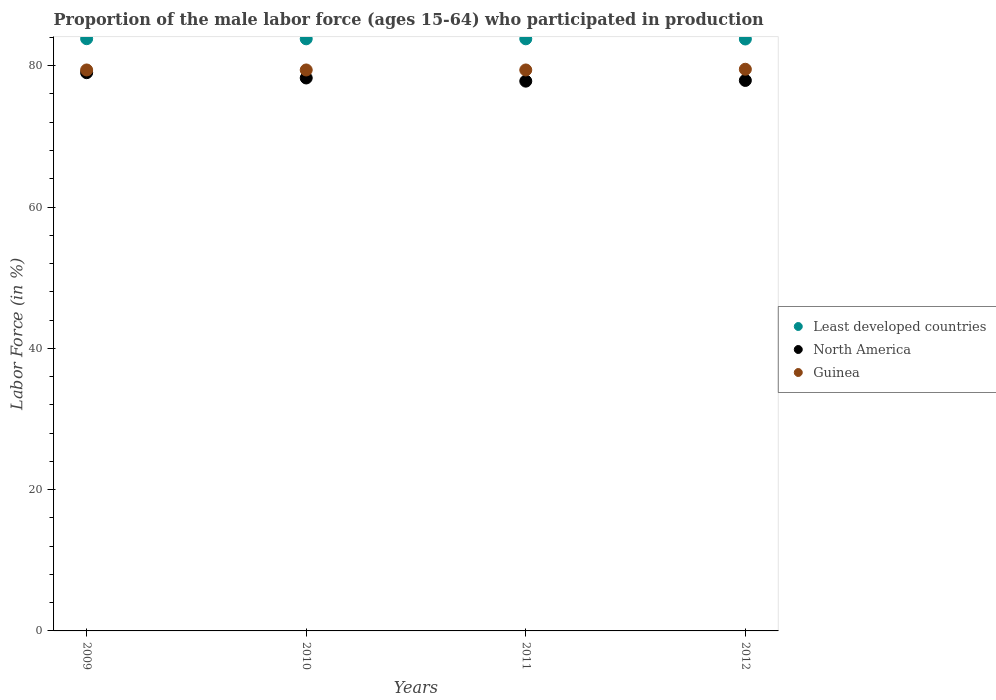
| Years | Least developed countries | North America | Guinea |
 | --- | --- | --- | --- |
 | 2009 | 83.8 | 79 | 79.4 |
 | 2010 | 83.8 | 78.3 | 79.4 |
 | 2011 | 83.8 | 77.8 | 79.4 |
 | 2012 | 83.8 | 77.9 | 79.5 |